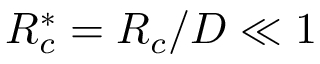
R _ { c } ^ { * } = { { R } _ { c } } / D \ll 1